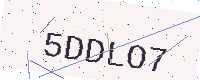
Text: 5DDLO7